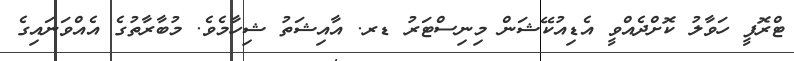
ޓްރޮފީ ހަވާލު ކޮށްދެއްވީ އެޑިއުކޭޝަން މިނިސްޓަރު ޑރ. އާއިޝަތު ޝިހާމެވެ. މުބާރާތުގެ އެއްވަނައިގެ